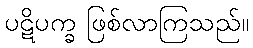
ပဋိပက္ခ ဖြစ်လာကြသည်။